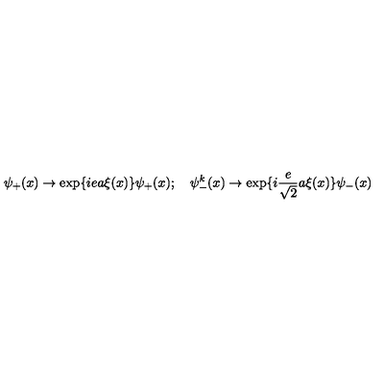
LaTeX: \psi _ { + } ( x ) \rightarrow \exp \{ i e a \xi ( x ) \} \psi _ { + } ( x ) ; \quad \psi _ { - } ^ { k } ( x ) \rightarrow \exp \{ i \frac { e } { \sqrt { 2 } } a \xi ( x ) \} \psi _ { - } ( x )